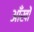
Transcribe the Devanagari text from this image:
अाँखों